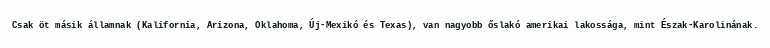
Csak öt másik államnak (Kalifornia, Arizona, Oklahoma, Új-Mexikó és Texas), van nagyobb őslakó amerikai lakossága, mint Észak-Karolinának.